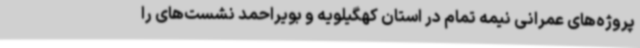
پروژه‌های عمرانی نیمه تمام در استان کهگیلویه و بویراحمد نشست‌های را